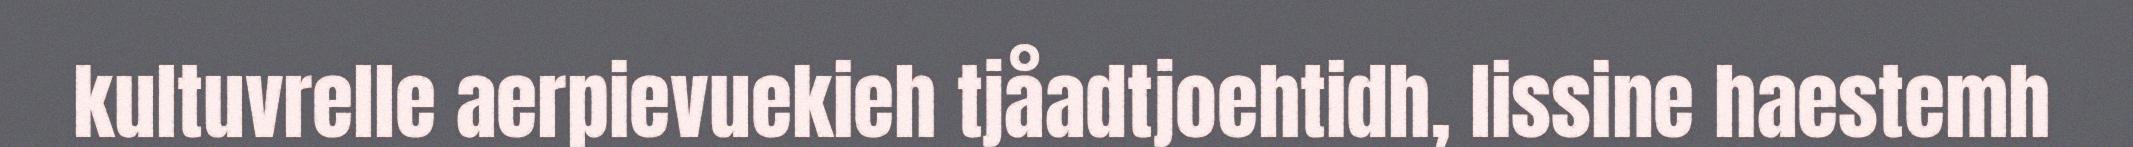
kultuvrelle aerpievuekieh tjåadtjoehtidh, lissine haestemh